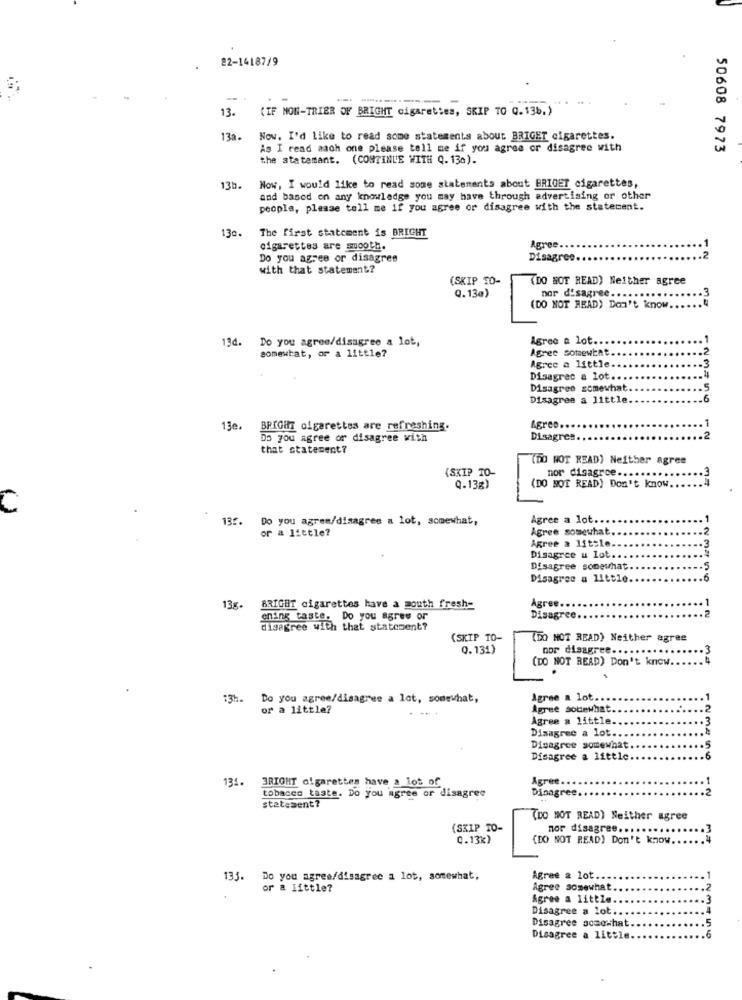
22-14187/9
-
13.
(IF NON-TRIER OF BRIGHT cigarettes, SKIP TO Q. 13b.)
13a.
Now. I'd like to read some statements about BRIGET cigarettes.
As I read aach one please tell me if you agree or disagree with
50608 7973
the statemant. (CONTINUE WITH Q. 130).
13b.
Now, I would like to read some statements about BRIGET cigarettes,
and based on any knowledge you may have through advertising or other
people, please tell me if you agree or disagree with the statement.
130.
The first statement is BRIGHT
cigarettes are smooth.
Agree.
Do you agree or disagree
Disagree.
with that statement?
(SKIP TO-
(DO NOT READ) Neither agree
nar d'sagree ...
Q.13g)
(DO NOT READ) Don't know ..
13d. Do you agree/disagree a lot,
Agree a lot ...
somewhat, or a little?
Agree somewhat
Agree a little ..
Disagree a lot.
Disagree somewhat
.5
Disagree a little.
.6
13e.
BRIGHT cigarettes are refreshing.
Agree.
Do you agree or disagree with
Disagres.
that statement?
(DO NOT READ) Neither Agree
(SKIP TO-
mor digagrce ....
Q.13g)
(DO NOT READ) Don't know
135.
Do you agree/disagree a lot, somewhat,
Agree a lot.
Agree somewhat
or a little?
Agree a little.
3
Disagree u lot.
Disagree somewhat
-5
Disagree a little.
.. 6
Agree ..
13g. BRIGHT cigarettes have a mouth fresh-
gning taste. Do you agree or
Disagree
disagree with that statement?
(SKIP TO-
(DO NOT READ) Neither agree
Q.131)
nor disagree ...
(DO NOT READ) Don't know.
:3h. Do you agree/disagree a lot, somewhat,
Agree a lot ...
or a little?
Agree sotewhat.
Agree a little.
Disagree a lot ..
Disagree somewhat
Disagree a little
.6
131. 3RIGHT cigarettes have a lot of
Agree ..
Disagree.
tobacco taste. Do you agree or disagree
statement?
(DO NOT READ) Neither agree
(SKIP TO-
nor disagree ....
C.13k)
(DO NOT READ) Don't know
133. Do you agree/disagree a lot, somewhat,
Agree a lot
or a little?
Agree somewhat
Agree a little.
Disagree a lot ..
Disagree somewhat
Disagree a little
.6